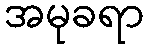
အမုခရာ